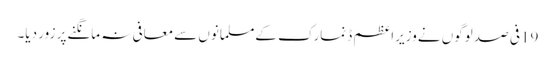
19فی صد لوگوں نےوزیراعظم ڈنمارک کےمسلمانوں سےمعافی نہ مانگنےپر زور دیا۔